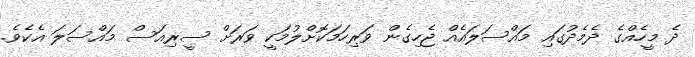
ދެ މީހެއްގެ ދެމެދުގައި މައްސަލައެއް ޖެހިގެން ވަރިހަމަކޮށްލުމަކީ ވަރަށް ސީރިއަސް މައްސަލަ އެކެވެ.